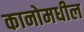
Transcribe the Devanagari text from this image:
कानोमधील